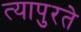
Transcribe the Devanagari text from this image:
त्यापुरते